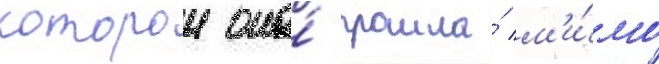
которои она́ прошла́ м'и́мо